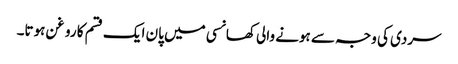
سردی کی وجہ سے ہونے والی کھانسی میں پان ایک قسم کا روغن ہوتا۔